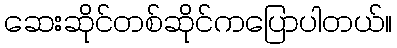
ဆေးဆိုင်တစ်ဆိုင်ကပြောပါတယ်။